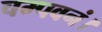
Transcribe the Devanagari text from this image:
चम्पवनं।